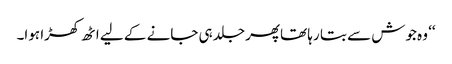
‘‘ وہ جوش سے بتا رہا تھاپھر جلد ہی جانے کے لیے اٹھ کھڑا ہوا۔